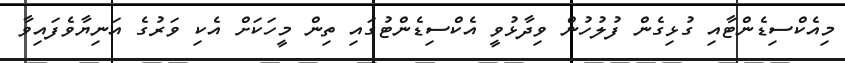
މިއެކްސިޑެންޓާއި ގުޅިގެން ފުލުހުން ވިދާޅުވީ އެކްސިޑެންޓުގައި ތިން މީހަކަށް އެކި ވަރުގެ އަނިޔާވެފައިވާ